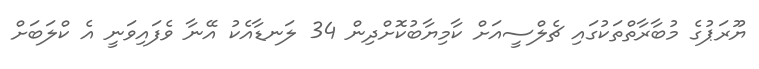
ޔޫރަޕުގެ މުބާރާތްތަކުގައި ޗެލްސީއަށް ކާމިޔާބުކޮށްދިން 34 ލަނޑާއެކު އޭނާ ވެފައިވަނީ އެ ކްލަބަށް